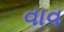
વાવ